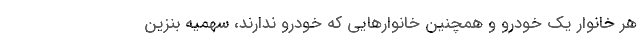
هر خانوار یک خودرو و همچنین خانوارهایی که خودرو ندارند، سهمیه بنزین